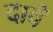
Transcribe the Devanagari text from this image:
दावँ